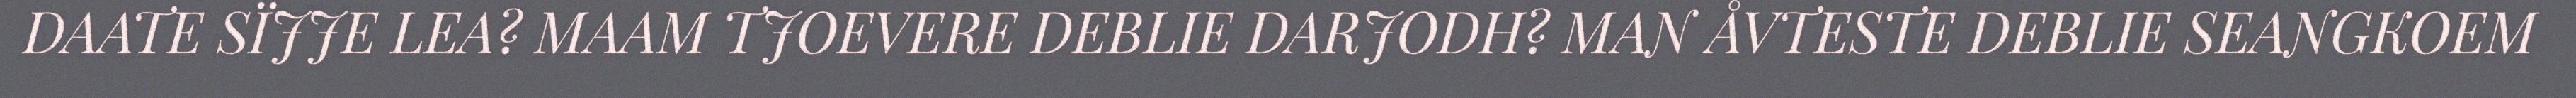
DAATE SÏJJE LEA? MAAM TJOEVERE DEBLIE DARJODH? MAN ÅVTESTE DEBLIE SEANGKOEM